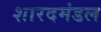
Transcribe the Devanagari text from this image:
शारदमंडल